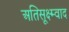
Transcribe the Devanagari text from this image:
अतिसूक्ष्म्वाद